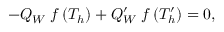
- Q _ { W } \; f \left( T _ { h } \right) + Q _ { W } ^ { \prime } \; f \left( T _ { h } ^ { \prime } \right) = 0 ,